Scottish Certificate of Education, 1962
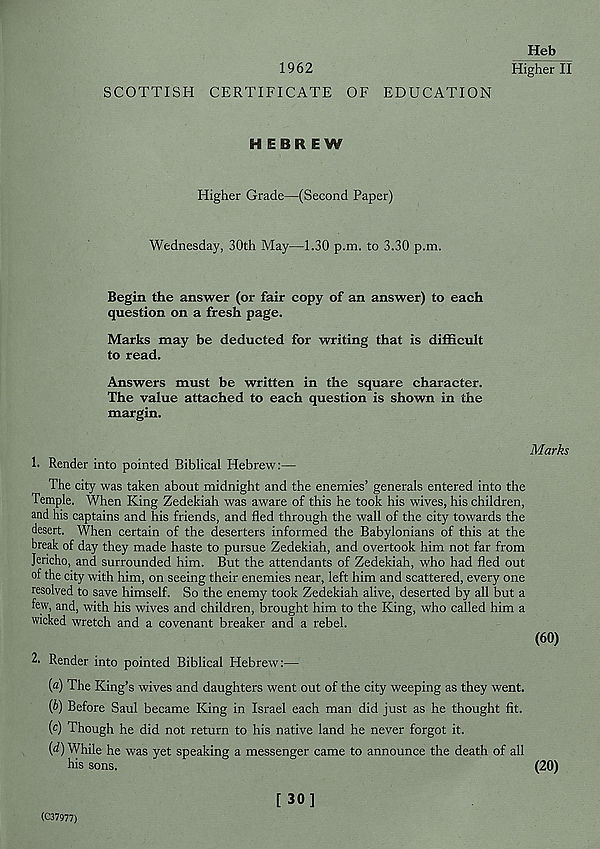
1962
SCOTTISH CERTIFICATE OF EDUCATION
Heb
Higher II
HEBREW
Higher Grade—(Second Paper)
Wednesday, 30th May—1.30 p.m. to 3.30 p.m.
Begin the answer (or fair copy of an answer) to each
question on a fresh page.
Marks may be deducted for writing that is difficult
to read.
Answers must be written in the square character.
The value attached to each question is shown in the
margin.
1. Render into pointed Biblical Hebrew:—
The city was taken about midnight and the enemies’ generals entered into the
Temple. When King Zedekiah was aware of this he took his wives, his children,
and his captains and his friends, and fled through the wall of the city towards the
desert. When certain of the deserters informed the Babylonians of this at the
break of day they made haste to pursue Zedekiah, and overtook him not far from
Jericho, and surrounded him. But the attendants of Zedekiah, who had fled out
of the city with him, on seeing their enemies near, left him and scattered, every one
resolved to save himself. So the enemy took Zedekiah alive, deserted by all but a
few, and, with his wives and children, brought him to the King, who called him a
wicked wretch and a covenant breaker and a rebel.
2. Render into pointed Biblical Hebrew:—
(a) The King’s wives and daughters went out of the city weeping as they went.
(b) Before Saul became King in Israel each man did just as he thought fit.
( c ) Though he did not return to his native land he never forgot it.
{d) While he was yet speaking a messenger came to announce the death of all
his sons.
[30]
(C37977)
Marks
(60)
(20)